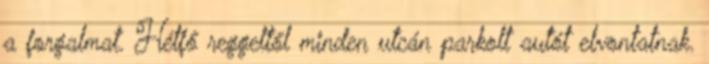
a forgalmat. Hétfő reggeltől minden utcán parkolt autót elvontatnak.